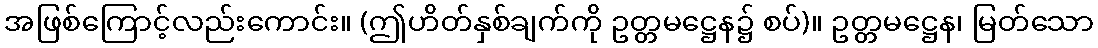
အဖြစ်ကြောင့်လည်းကောင်း။ (ဤဟိတ်နှစ်ချက်ကို ဥတ္တမဋ္ဌေန၌ စပ်)။ ဥတ္တမဋ္ဌေန၊ မြတ်သော